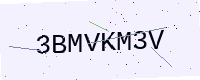
Text: 3BMVKM3V